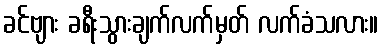
ခင်ဗျား ခရီးသွားချက်လက်မှတ် လက်ခံသလား။